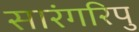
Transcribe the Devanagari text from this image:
सारंगरिपु